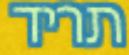
תריד